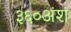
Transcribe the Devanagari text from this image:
३६०अंश